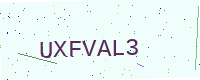
Text: UXFVAL3